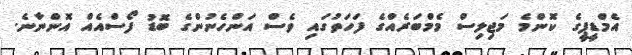
އެމްޑީޕީގެ ކޮންމެ މަޖިލިސް މެމްބަރެއްގެ ފަހަތުގައި ވެސް އަންހެނުންގެ ބޮޑު ފޯސްއެއް އޮންނާނެ.